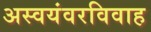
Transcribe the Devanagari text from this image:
अस्वयंवरविवाह